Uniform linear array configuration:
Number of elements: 4
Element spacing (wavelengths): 0.5
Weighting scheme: blackman
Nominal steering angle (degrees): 60
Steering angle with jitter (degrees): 61.799
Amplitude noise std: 0.05
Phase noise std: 0.05

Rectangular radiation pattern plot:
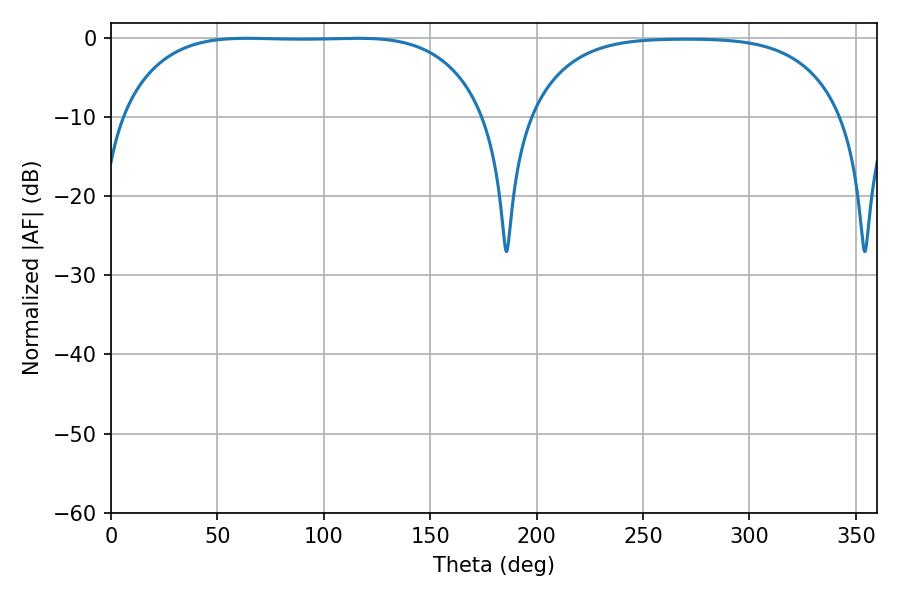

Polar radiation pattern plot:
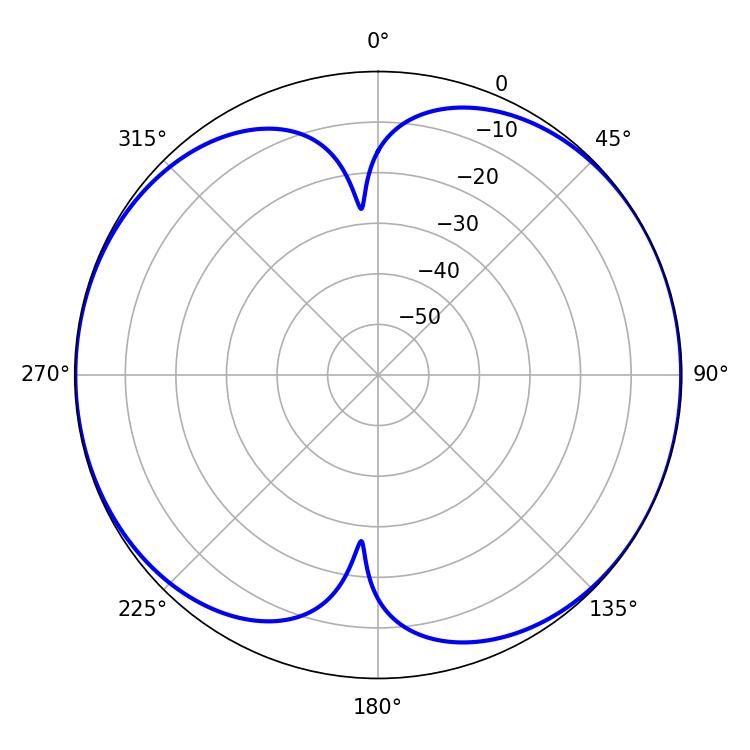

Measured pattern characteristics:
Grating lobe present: FALSE
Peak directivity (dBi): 8.544
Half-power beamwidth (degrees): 132.84
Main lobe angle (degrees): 63.9